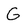
Character: G